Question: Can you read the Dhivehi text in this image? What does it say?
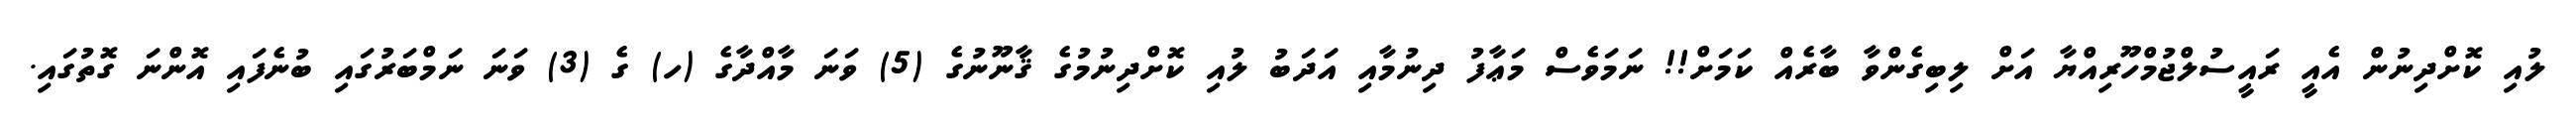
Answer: ލުއި ކޮށްދިނުން އެއީ ރައީސުލްޖުމްހޫރިއްޔާ އަށް ލިބިގެންވާ ބާރެއް ކަމަށް!! ނަމަވެސް މަޢާފު ދިނުމާއި އަދަބު ލުއި ކޮށްދިނުމުގެ ޤާނޫނުގެ (5) ވަނަ މާއްދާގެ (ހ) ގެ (3) ވަނަ ނަމްބަރުގައި ބުނެފައި އޮންނަ ގޮތުގައި.